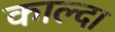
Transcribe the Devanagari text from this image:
काल्दा